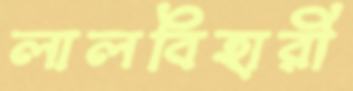
লালবিহারী